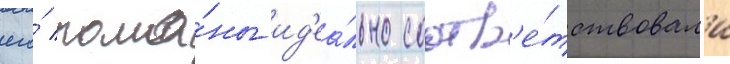
его́ рома́ны ид'еа́льно соотв'е́тствовал'и